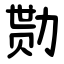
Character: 勚